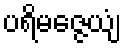
ပရိမဇ္ဇေယျံ